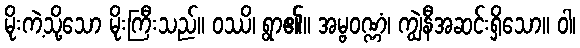
မိုးကဲ့သို့သော မိုးကြီးသည်။ ဝဿိ၊ ရွာ၏။ အမ္ဗဝဏ္ဏံ၊ ကျွဲနီအဆင်းရှိသော။ ဝါ၊